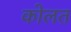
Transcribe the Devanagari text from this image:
कोलत